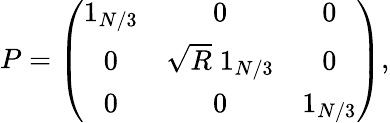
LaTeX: P=\left(\begin{array}{ccc}{1_{N/3}}&{0}&{0}\\ {0}&{\sqrt{R}\; 1_{N/3}}&{0}\\ {0}&{0}&{1_{N/3}}\end{array}\right),